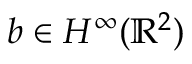
b \in H ^ { \infty } ( \mathbb { R } ^ { 2 } )